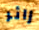
زائر